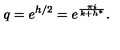
q = e ^ { h / 2 } = e ^ { \frac { \pi i } { k + h ^ { * } } } .